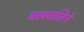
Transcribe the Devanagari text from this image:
चलवलिने